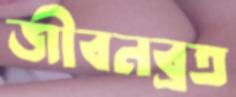
জীবনব্রত